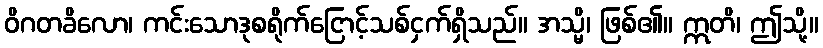
ဝိဂတခိလော၊ ကင်းသောဒုစရိုက်ငြောင့်သစ်ငှက်ရှိသည်။ အသ္မိ၊ ဖြစ်၏။ ဣတိ၊ ဤသို့။